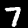
Digit: 7